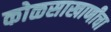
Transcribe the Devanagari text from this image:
कोळसाखाणीचा